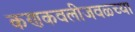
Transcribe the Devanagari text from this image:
कणकवलीजवळ्च्या